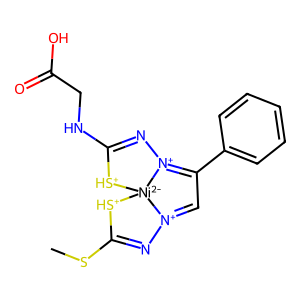
SMILES: CSC1=N[N+]2=CC(c3ccccc3)=[N+]3N=C(NCC(=O)O)[SH+][Ni-2]23[SH+]1
Inhibits HIV replication: No